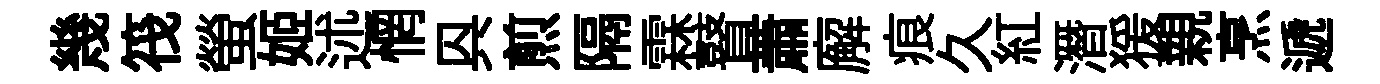
幾筏螢姬述惘㒷煎隔霖瞽蕭廨痕久紅潛猨親烹遞